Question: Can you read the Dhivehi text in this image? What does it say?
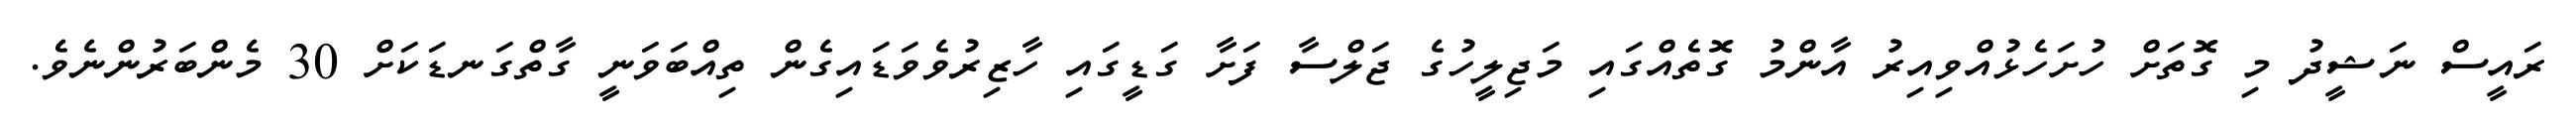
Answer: ރައީސް ނަޝީދު މި ގޮތަށް ހުށަހެޅުއްވިއިރު އާންމު ގޮތެއްގައި މަޖިލީހުގެ ޖަލްސާ ފަށާ ގަޑީގައި ހާޒިރުވެވަޑައިގެން ތިއްބަވަނީ ގާތްގަނޑަކަށް 30 މެންބަރުންނެވެ.